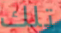
تلك